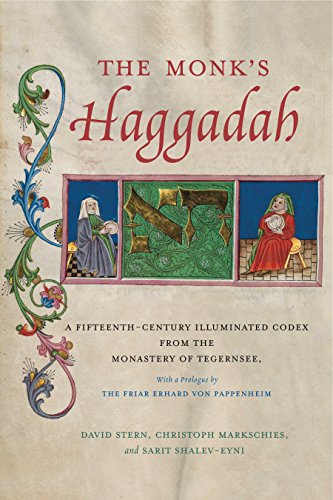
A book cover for The Monk's Haggadah: A Fifteenth-Century Illuminated Codex from the Monastery of Tegernsee, with a prologue by Friar Erhard von Pappenheim (Dimyonot: Jews and the Cultural Imagination); Religion & Spirituality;